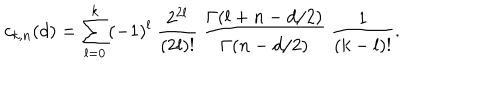
LaTeX: c _ { k , n } ( d ) = \sum _ { l = 0 } ^ { k } ( - 1 ) ^ { l } ~ { \frac { 2 ^ { 2 l } } { ( 2 l ) ! } } ~ { \frac { \Gamma ( l + n - d / 2 ) } { \Gamma ( n - d / 2 ) } } ~ { \frac { 1 } { ( k - l ) ! } } .